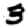
Digit: 3